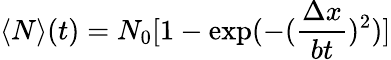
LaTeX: \langle N\rangle(t)=N_{0}[1-\exp(-(\frac{\Delta x}{bt})^{2})]